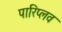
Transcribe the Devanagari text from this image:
पारिप्लव